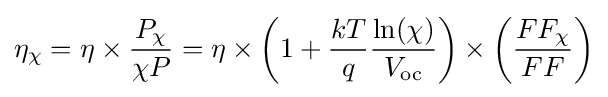
\eta _{\chi }=\eta \times {P_{\chi } \over \chi P}=\eta \times \left({1+{kT \over q}}{\ln(\chi ) \over V_{\mathrm {oc} }}\right)\times \left({FF_{\chi } \over FF}\right)